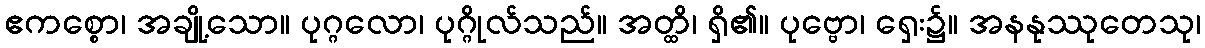
ဧကစ္စော၊ အချို့သော။ ပုဂ္ဂလော၊ ပုဂ္ဂိုလ်သည်။ အတ္ထိ၊ ရှိ၏။ ပုဗ္ဗော၊ ရှေး၌။ အနနုဿုတေသု၊